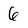
Character: 6